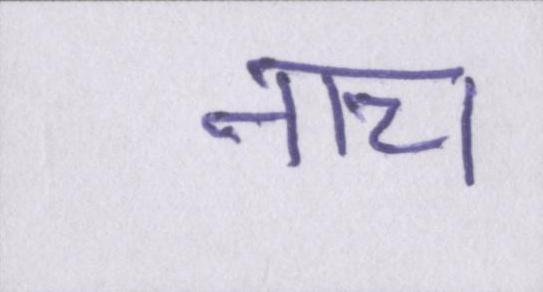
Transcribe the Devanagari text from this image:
नाच